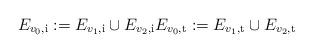
LaTeX: \begin{align*} E_{v_0, \rm i}:=E_{v_1, \rm i}\cup E_{v_2, \rm i} E_{v_0, \rm t} := E_{v_1, \rm t}\cup E_{v_2, \rm t}\end{align*}